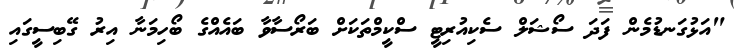
"އަޅުގަނޑުމެން ފަދަ ސޯޝަލް ސެކިއުރިޓީ ސްކީމްތަކަށް ބަރޯސާވާ ބައެއްގެ ބޯހިމަނާ އިރު ގޭބިސީގައި